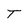
Character: T